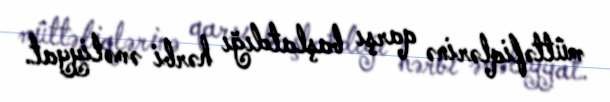
müttəfiqlərinə qarşı başlatdığı hərbi əməliyyat.